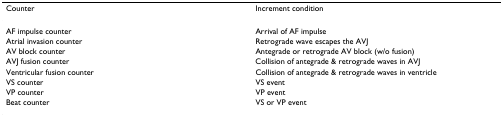
<table><thead><tr><td><b>Counter</b></td><td><b>Increment condition</b></td></tr></thead><tbody><tr><td>AF impulse counter</td><td>Arrival of AF impulse</td></tr><tr><td>Atrial invasion counter</td><td>Retrograde wave escapes the AVJ</td></tr><tr><td>AV block counter</td><td>Antegrade or retrograde AV block (w/o fusion)</td></tr><tr><td>AVJ fusion counter</td><td>Collision of antegrade &amp; retrograde waves in AVJ</td></tr><tr><td>Ventricular fusion counter</td><td>Collision of antegrade &amp; retrograde waves in ventricle</td></tr><tr><td>VS counter</td><td>VS event</td></tr><tr><td>VP counter</td><td>VP event</td></tr><tr><td>Beat counter</td><td>VS or VP event</td></tr></tbody></table>